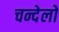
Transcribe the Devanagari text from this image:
चन्देलो